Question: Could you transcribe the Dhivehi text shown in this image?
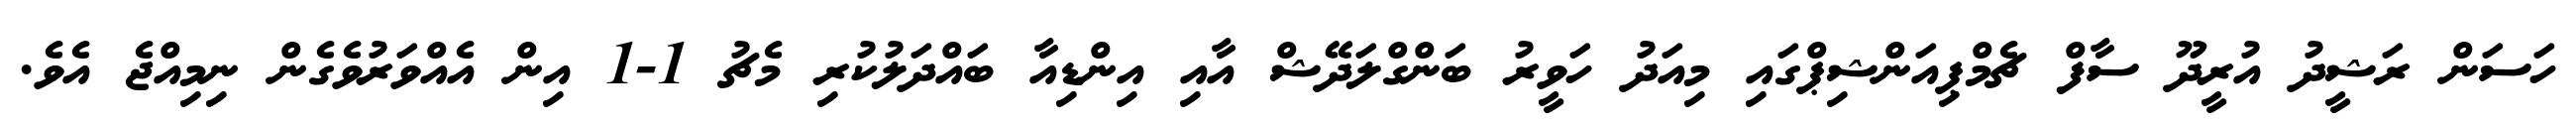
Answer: ހަސަން ރަޝީދު އުރީދޫ ސާފް ޗެމްޕިއަންޝިޕްގައި މިއަދު ހަވީރު ބަންގްލަދޭޝް އާއި އިންޑިއާ ބައްދަލުކުރި މެޗު 1-1 އިން އެއްވަރުވެގެން ނިމިއްޖެ އެވެ.